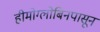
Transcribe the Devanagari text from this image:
हीमोग्लोबिनपासून